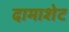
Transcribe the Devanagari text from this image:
दामाशेट